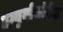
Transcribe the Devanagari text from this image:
इम्युनोसॉर्बेन्ट